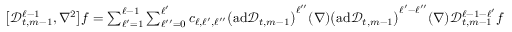
\begin{array} { r } { \big [ \mathscr { D } _ { t , m - 1 } ^ { \ell - 1 } , \nabla ^ { 2 } \bigr ] f = \sum _ { \ell ^ { \prime } = 1 } ^ { \ell - 1 } \sum _ { \ell ^ { \prime \prime } = 0 } ^ { \ell ^ { \prime } } c _ { \ell , \ell ^ { \prime } , \ell ^ { \prime \prime } } \bigl ( \mathrm { a d } \mathscr { D } _ { t , m - 1 } \bigr ) ^ { \ell ^ { \prime \prime } } ( \nabla ) \bigl ( \mathrm { a d } \mathscr { D } _ { t , m - 1 } \bigr ) ^ { \ell ^ { \prime } - \ell ^ { \prime \prime } } ( \nabla ) \mathscr { D } _ { t , m - 1 } ^ { \ell - 1 - \ell ^ { \prime } } f } \end{array}